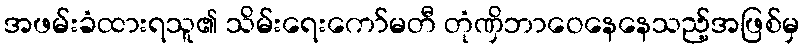
အဖမ်းခံထားရသူ၏ သိမ်းရေးကော်မတီ တုံဏှိဘာဝေနေနေသည့်အဖြစ်မှ